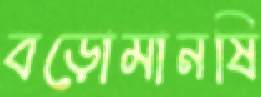
বড়োমানষি